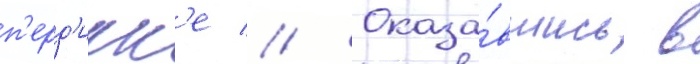
п'ерд'икк'е // Оказа́вшись в